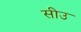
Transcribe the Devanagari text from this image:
सीउ